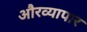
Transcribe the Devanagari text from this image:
औरव्यापार